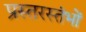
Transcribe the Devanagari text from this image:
प्रस्तरस्तंभों